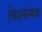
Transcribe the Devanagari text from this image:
विश्लेल्षक